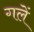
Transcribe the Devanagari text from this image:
गलें